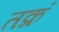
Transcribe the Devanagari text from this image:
तक्रं